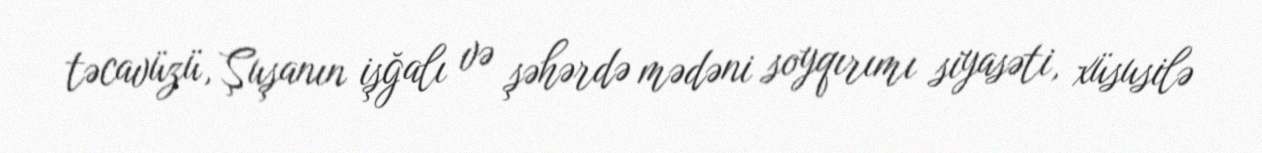
təcavüzü, Şuşanın işğalı və şəhərdə mədəni soyqırımı siyasəti, xüsusilə